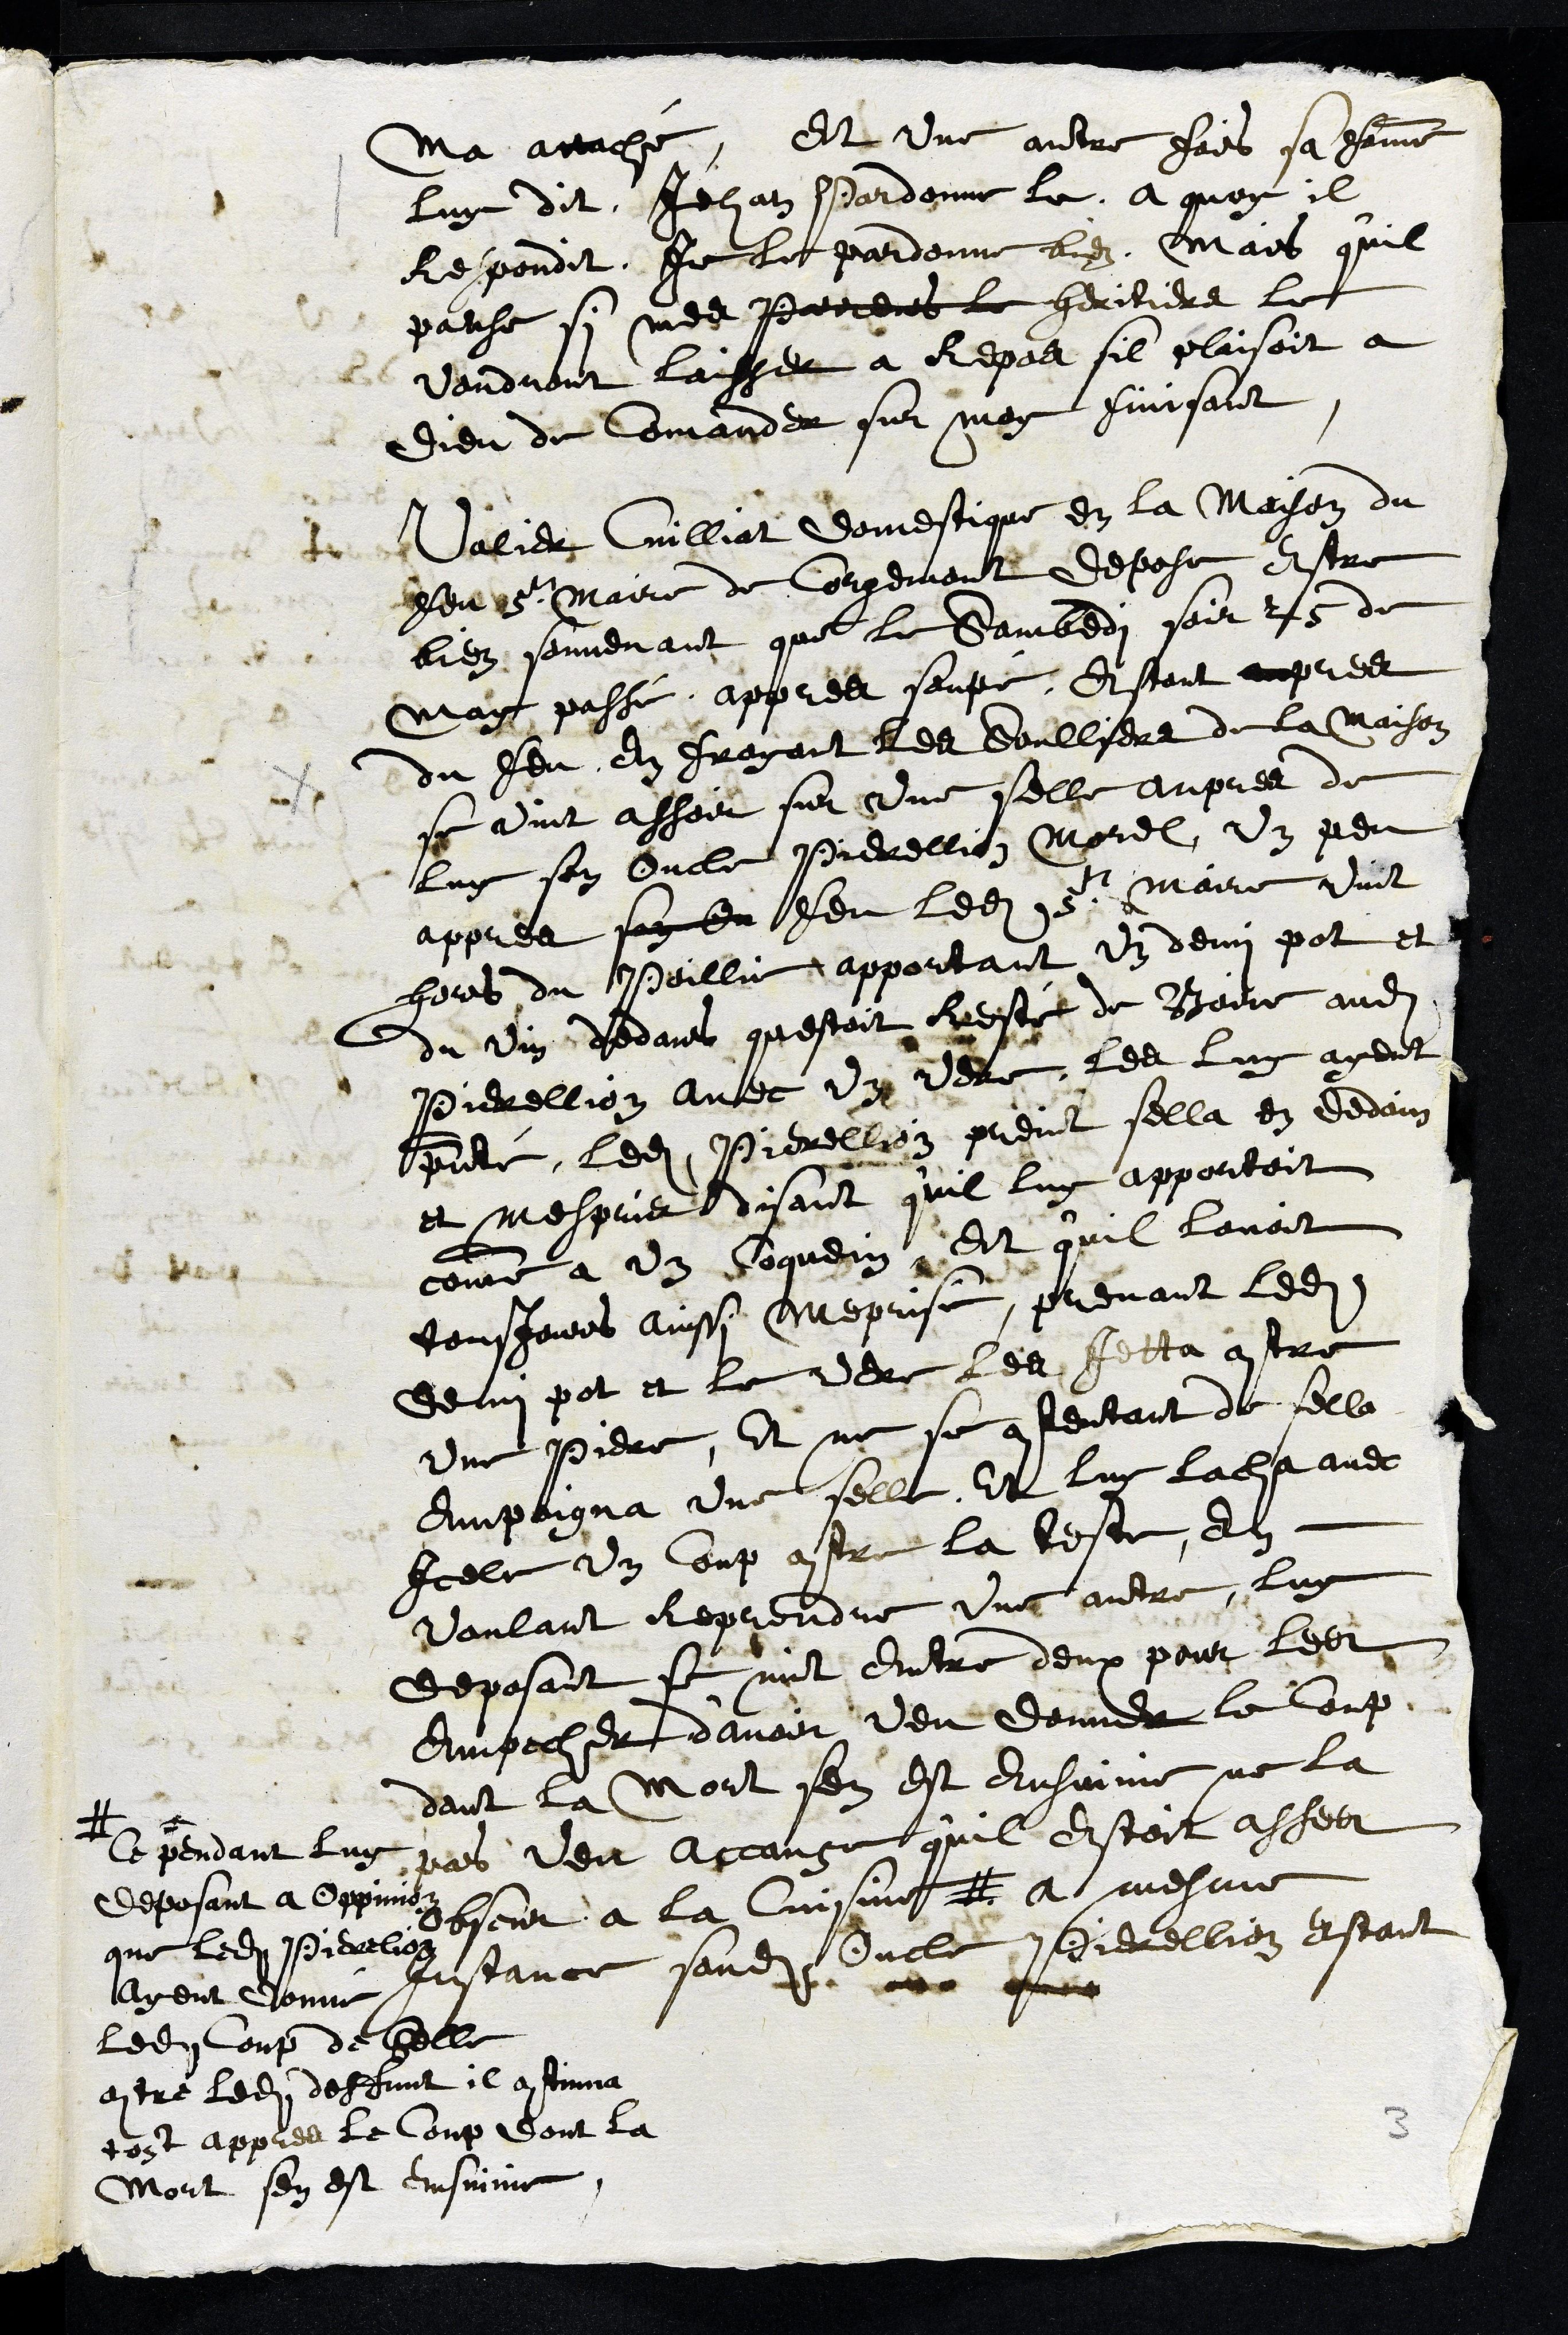
ma attaché Et une autre fois sa femme
luy dit, Jehan Pardonne le. A quoy il
Respondit, Je le pardonne bien, Mais quil
panse si mes parens le heritiers le
voudront laisser a Repos sil plaisoit a
Dieu de Comander sur moy finisant
Valier Cuilliat domestique en la Maison du
feu sr Maire de Corgemont depose estre
bien souvenant que le Sambedi soir 25 de
May passé appres soupé, Estant aupres
du feu en froyant les soulliers de la maison
se vint assoir sur une selle aupres de
luy son Oncle Pierellion Morel, un peu
appres son Ou feu ledit Sr Maire vint
hors du Poillie apportant un demi pot et
du vin dedans questoit Resté de Boire audit
Pierrellion avec Un vere, les luy ayent
presenté, ledit Pierellion preint sella en dedain
et mespris, disant qu'il luy apportoit
comme a un Coquein, Dit quil lavoit
tousjours ainssi meprise, prenant ledit
demi pot et le vere les jetta contre
une Piere, Et ne se contentant de sella
Empoigna une selle, Et luy lacha avec
Icelle un Coup contre la teste, En
voulant Reprendre une autre, luy
deposant se mit Entre deux pour les
Empecher d'avoir veu donner le coup
dont la mort sen est ensuivie ne la
pas veu accause qu'il estoit asses
absent a la Cuisine #
# Cependant luy
deposant a Oppinion
que ledit Pierelion
Ayent donné
ledit Coup de Selle
contre ledit deffunt il continua
tost appres le Coup dont la
Mort sen est ensuivie
a mesme
Instance sondit Oncle Pierellion estant
3